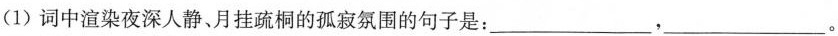
(1)词中渲染夜深人静、月挂疏桐的孤寂氛围的句子是：___， ___。